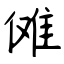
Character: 傩